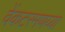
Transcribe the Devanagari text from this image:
वेंकटरमणय्या